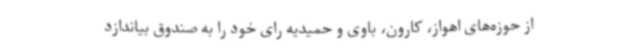
از حوزه‌های اهواز، کارون، باوی و حمیدیه رای خود را به صندوق بیاندازد